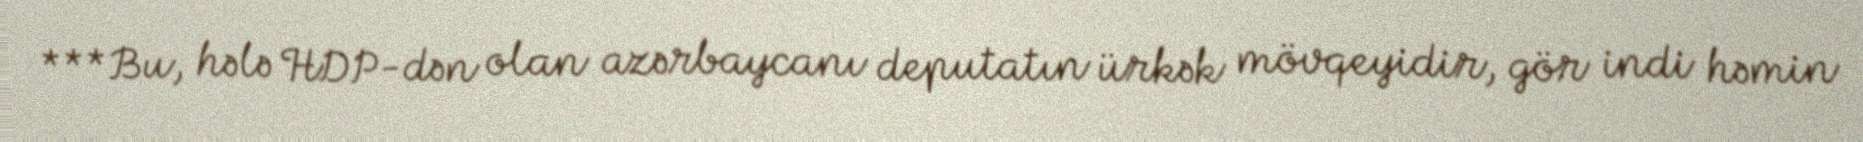
***Bu, hələ HDP-dən olan azərbaycanı deputatın ürkək mövqeyidir, gör indi həmin